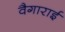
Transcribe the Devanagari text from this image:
वैगाराई